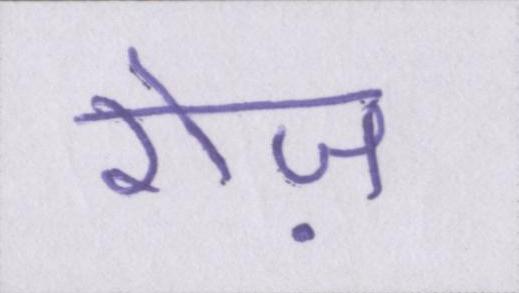
रोज़